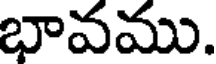
భావము.